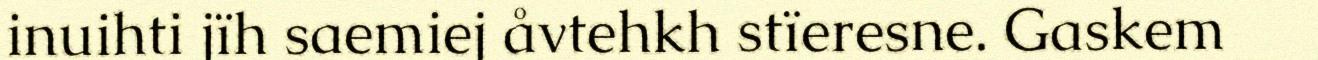
inuihti jïh saemiej åvtehkh stïeresne. Gaskem